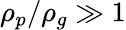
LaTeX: \rho_{p}/\rho_{g}\gg 1